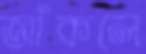
জাঁকলে